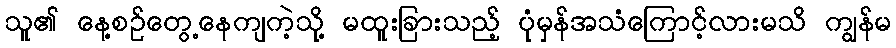
သူ၏ နေ့စဉ်တွေ့နေကျကဲ့သို့ မထူးခြားသည့် ပုံမှန်အသံကြောင့်လားမသိ ကျွန်မ